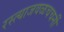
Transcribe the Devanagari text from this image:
रस्त्याजवळचचर्नी